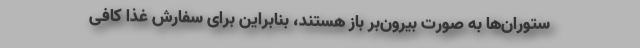
ستوران‌ها به صورت بیرون‌بر باز هستند، بنابراین برای سفارش غذا کافی